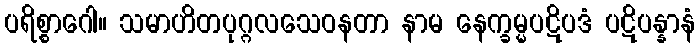
ပရိစ္စာဂေါ။ သမာဟိတပုဂ္ဂလသေဝနတာ နာမ နေက္ခမ္မပဋိပဒံ ပဋိပန္နာနံ